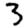
Digit: 3